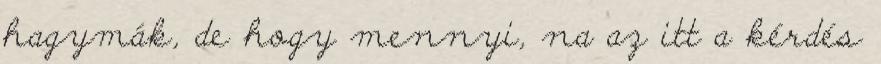
hagymák, de hogy mennyi, na az itt a kérdés